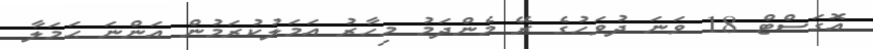
އޮަގަސްޓް 18 ވަނަ ދުވަހުގެ ރޭ މެންދަމު މިހާރު އަމަލުކުރަމުން އަންނަ ޙަމަލާ